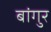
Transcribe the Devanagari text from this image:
बांगुर